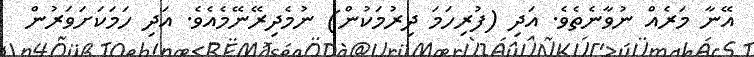
އޭނާ މަރެއް ނުވާނެތެވެ. އަދި (ފުރިހަމަ ދިރުމަކުން) ނުމެދިރޭނޭމެއެވެ. އަދި ހަމަކަށަވަރުން